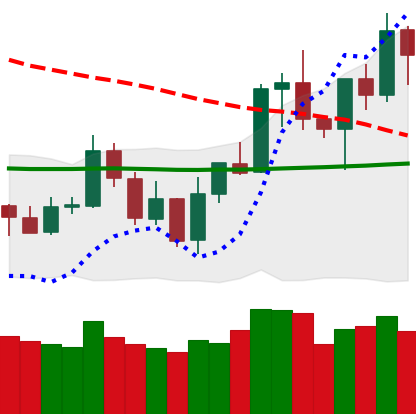
Ticker: NEO-USD
Chart end date: 2020-01-13
Forward return: 18.243%
Label: up_7plus